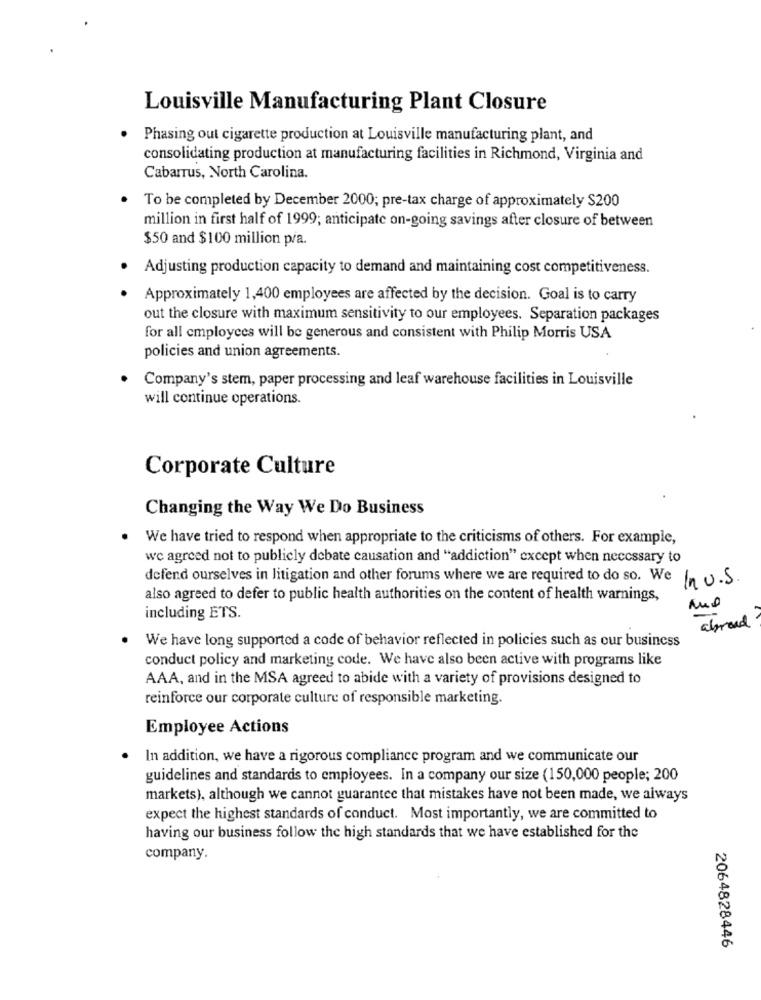
Louisville Manufacturing Plant Closure
Phasing out cigarette production at Louisville manufacturing plant, and
consolidating production at manufacturing facilities in Richmond, Virginia and
Cabarrus, North Carolina.
To be completed by December 2000; pre-tax charge of approximately $200
million in first half of 1999; anticipate on-going savings after closure of between
$50 and $100 million p/a.
Adjusting production capacity to demand and maintaining cost competitiveness.
Approximately 1,400 employees are affected by the decision. Goal is to carry
out the closure with maximum sensitivity to our employees. Separation packages
for all employees will be generous and consistent with Philip Morris USA
policies and union agreements.
Company's stem, paper processing and leaf warehouse facilities in Louisville
will continue operations.
Corporate Culture
Changing the Way We Do Business
We have tried to respond when appropriate to the criticisms of others. For example,
we agreed not to publicly debate causation and "addiction" except when necessary to
defend ourselves in litigation and other forums where we are required to do so. We In U.S.
also agreed to defer to public health authorities on the content of health warnings,
including ETS.
abroad
We have long supported a code of behavior reflected in policies such as our business
conduct policy and marketing code. We have also been active with programs like
AAA, and in the MSA agreed to abide with a variety of provisions designed to
reinforce our corporate culture of responsible marketing.
Employee Actions
.
In addition, we have a rigorous compliance program and we communicate our
guidelines and standards to employees. In a company our size (150,000 people; 200
markets), although we cannot guarantee that mistakes have not been made, we always
expect the highest standards of conduct. Most importantly, we are committed to
having our business follow the high standards that we have established for the
company.
2064828446